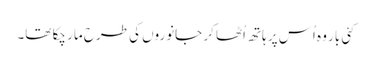
کئی بار وہ اُس پر ہاتھ اُٹھا کر جانوروں کی طرح مار چکا تھا۔